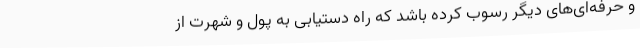
و حرفه‌ای‌های دیگر رسوب کرده باشد که راهِ دستیابی به پول و شهرت از